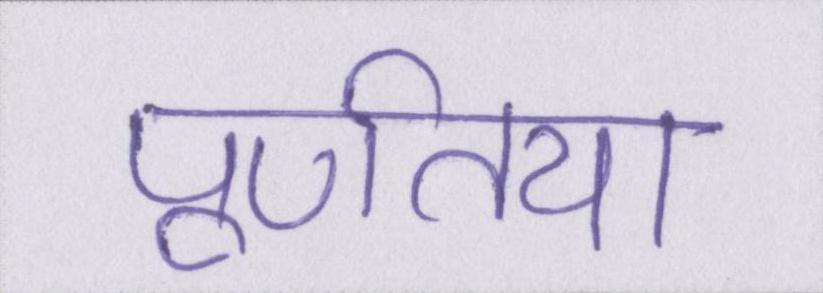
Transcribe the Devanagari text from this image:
पूर्णतया